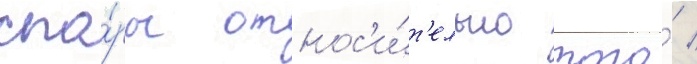
спо́ры относ'и́т'ельно того́ /